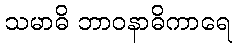
သမာဓိ ဘာဝနာဓိကာရေ